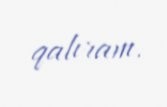
qalıram.